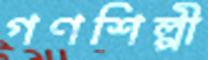
গণশিল্পী